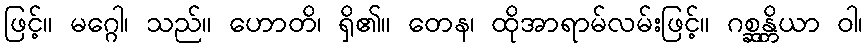
ဖြင့်။ မဂ္ဂေါ၊ သည်။ ဟောတိ၊ ရှိ၏။ တေန၊ ထိုအာရာမ်လမ်းဖြင့်။ ဂစ္ဆန္တိယာ ဝါ၊